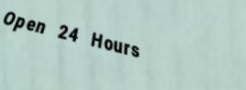
Open 24 Hours